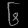
Digit: ၆